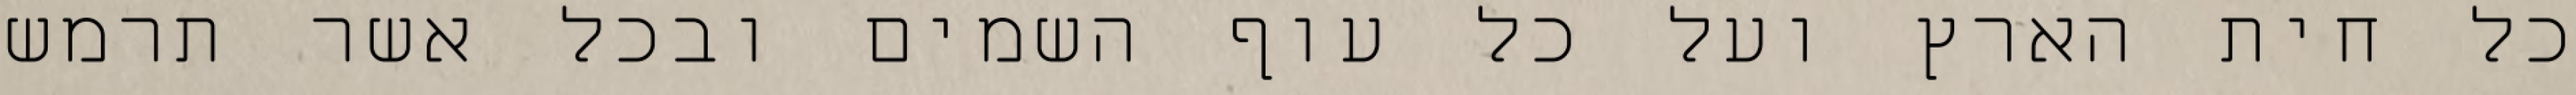
כל חית הארץ ועל כל עוף השמים ובכל אשר תרמש